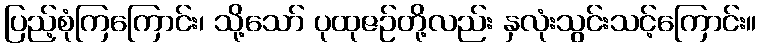
ပြည့်စုံကြကြောင်း၊ သို့သော် ပုထုဇဉ်တို့လည်း နှလုံးသွင်းသင့်ကြောင်း။